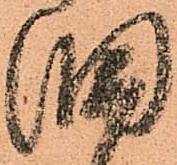
旧